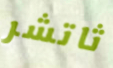
ثاتشر